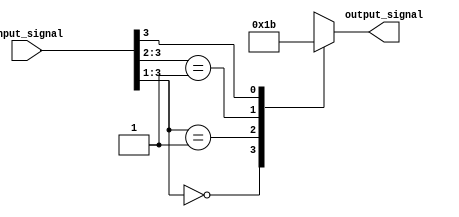
module casez_statement (
    input wire [3:0] input_signal,
    output reg [1:0] output_signal
);

always @(*)
begin
    casez(input_signal)
        4'b000?: output_signal <= 2'b00;
        4'b001?: output_signal <= 2'b01;
        4'b01??: output_signal <= 2'b10;
        4'b1???: output_signal <= 2'b11;
        default: output_signal <= 2'b00;
    endcase
end

endmodule